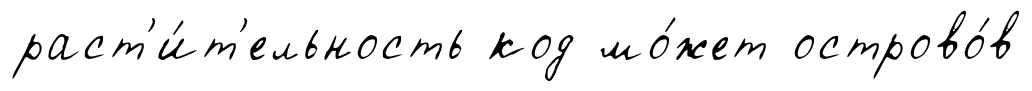
раст'и́т'ельность код мо́жет острово́в